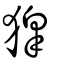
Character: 獆